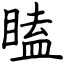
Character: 瞌